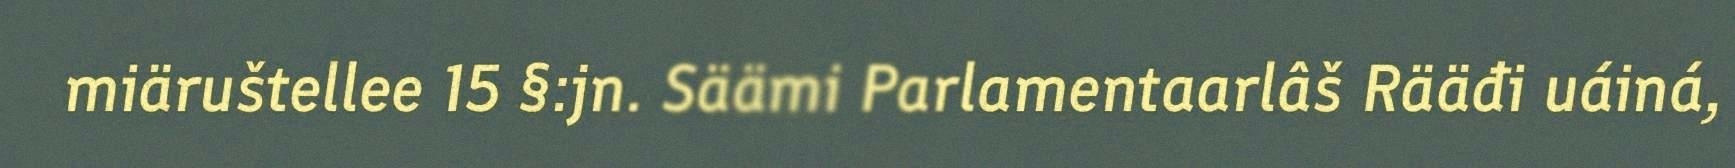
miäruštellee 15 §:jn. Säämi Parlamentaarlâš Rääđi uáiná,